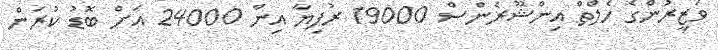
ވަޒީރުންގެ ހެލްތް އިންޝޫރެންސް 19000 ރުފިޔާ އިން 24000 އަށް ބޮޑު ކުރަން